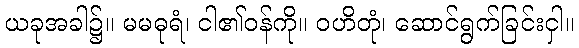
ယခုအခါ၌။ မမဓုရံ၊ ငါ၏ဝန်ကို။ ဝဟိတုံ၊ ဆောင်ရွက်ခြင်းငှါ။